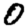
Digit: 0